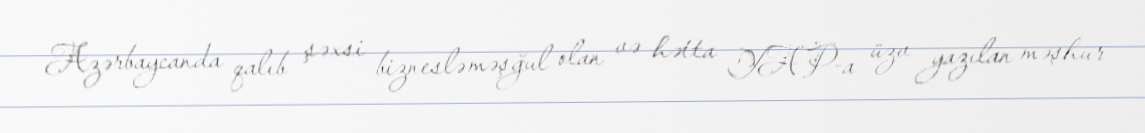
Azərbaycanda qalıb şəxsi bizneslə məşğul olan və hətta YAP-a üzv yazılan məşhur